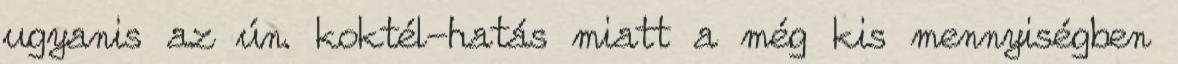
ugyanis az ún. koktél-hatás miatt a még kis mennyiségben